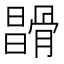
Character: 𩩪